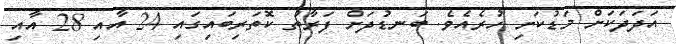
އަދަދަކަށް މަޑުކަށި ހުރެއެވެ. ބަނޑުދަށް ފަރާތު ކޮތަރިބައިގައި 24 އާއި 28 އާއި